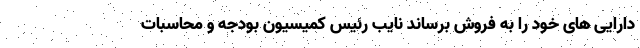
دارایی های خود را به فروش برساند نایب رئیس کمیسیون بودجه و محاسبات